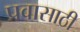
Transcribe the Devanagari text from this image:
प्रवासाठी